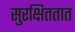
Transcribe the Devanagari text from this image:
सुरक्षिततात